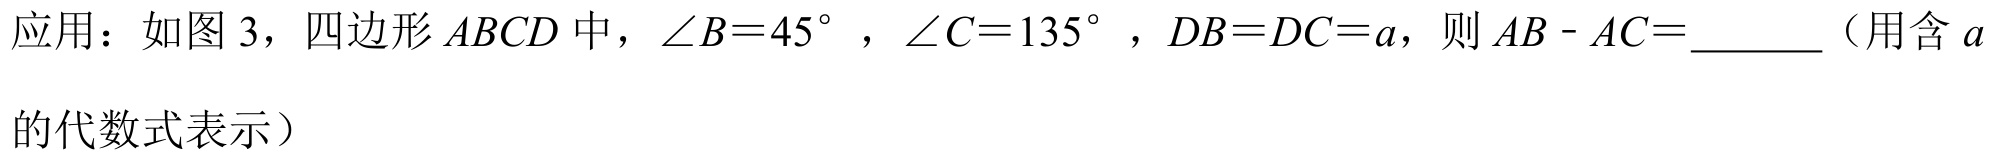
应用：如图 3，四边形 \(ABCD\) 中，\(\angle B = 45^{\circ}\)，\(\angle C = 135^{\circ}\)，\(DB = DC = a\)，则 \(AB - AC=\underline{\quad\quad}\)（用含 \(a\)
的代数式表示）